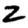
Digit: 2